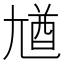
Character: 𡯾